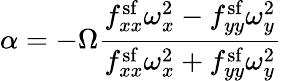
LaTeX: \alpha=-\Omega\frac{f_{xx}^{\mathrm{sf}}\omega_{x}^{2}-f_{yy}^{\mathrm{sf}}\omega_{y}^{2}}{f_{xx}^{\mathrm{sf}}\omega_{x}^{2}+f_{yy}^{\mathrm{sf}}\omega_{y}^{2}}